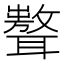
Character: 𦗷